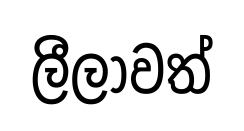
ලීලාවත්